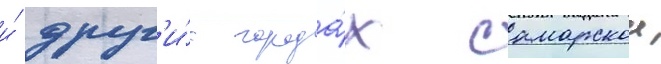
и́ друг'и́х города́х самарскои